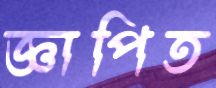
জ্ঞাপিত